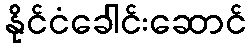
နိုင်ငံခေါင်းဆောင်